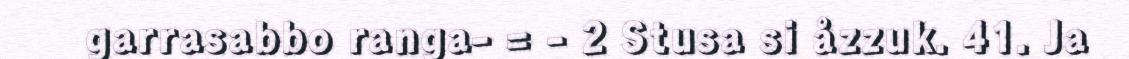
garrasabbo ranga- = - 2 Stusa si åzzuk. 41. Ja